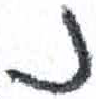
אות: נ